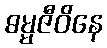
ဓမ္မဇီဝိနေ